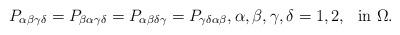
LaTeX: \begin{align*} P_{\alpha \beta \gamma \delta}= P_{\beta \alpha \gamma \delta}= P_{\alpha \beta \delta \gamma}=P_{\gamma \delta \alpha \beta}, \alpha, \beta, \gamma, \delta=1,2, \ \ \hbox{in } \Omega.\end{align*}